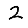
Digit: 2